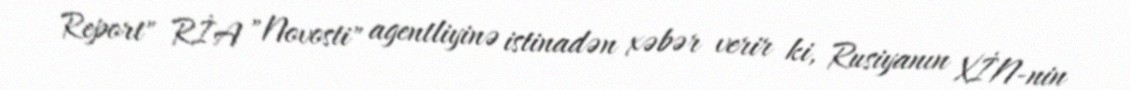
Report" RİA "Novosti" agentliyinə istinadən xəbər verir ki, Rusiyanın XİN-nin